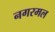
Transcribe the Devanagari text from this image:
नगरमल